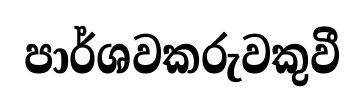
පාර්ශවකරුවකුවී